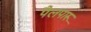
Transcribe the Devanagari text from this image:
पैलपारू